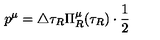
p ^ { \mu } = \triangle \tau _ { R } \Pi _ { R } ^ { \mu } ( \tau _ { R } ) \cdot \frac 1 2